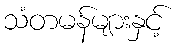
သံတမန်များနှင့်